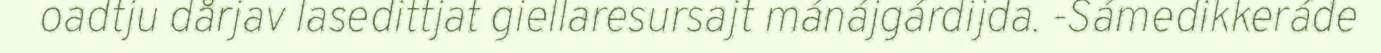
oadtju dårjav lasedittjat giellaresursajt mánájgárdijda. -Sámedikkeráde